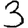
Digit: 3